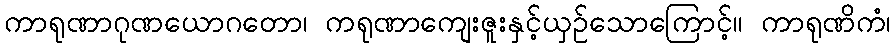
ကာရုဏာဂုဏယောဂတော၊ ကရုဏာကျေးဇူးနှင့်ယှဉ်သောကြောင့်။ ကာရုဏိကံ၊